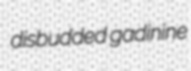
disbudded gadinine